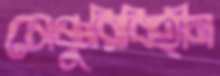
সেঞ্চুরিবিহীন